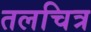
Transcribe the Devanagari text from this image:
तलचित्र